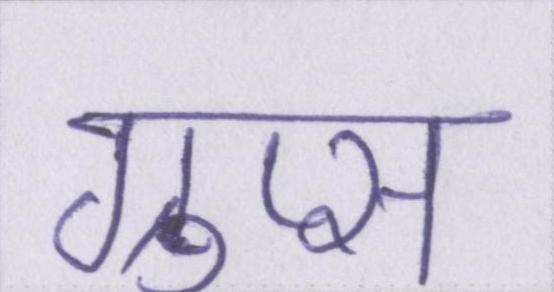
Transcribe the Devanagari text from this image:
ग्रुप्स